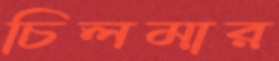
চিলমার